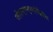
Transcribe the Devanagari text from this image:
जीएस्‌एम्‌मध्येदेखील